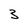
Character: 3